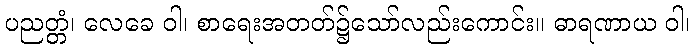
ပညတ္တံ၊ လေခေ ဝါ၊ စာရေးအတတ်၌သော်လည်းကောင်း။ ဓာရဏာယ ဝါ၊